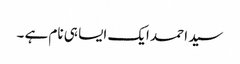
سید احمد ایک ایسا ہی نام ہے ۔